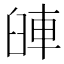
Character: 𨋺